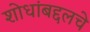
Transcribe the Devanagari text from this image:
शोधांबद्दलचे